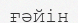
ғәйін